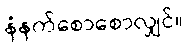
နံနက်စောစောလျှင်။